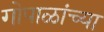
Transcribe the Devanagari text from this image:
गोपाळांच्या